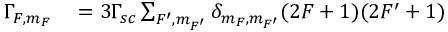
\begin{array} { r } { \begin{array} { r l } { \Gamma _ { F , m _ { F } } } & { { } = 3 \Gamma _ { s c } \sum _ { F ^ { \prime } , m _ { F ^ { \prime } } } \delta _ { m _ { F } , m _ { F ^ { \prime } } } ( 2 F + 1 ) ( 2 F ^ { \prime } + 1 ) } \end{array} } \end{array}